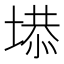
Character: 塨